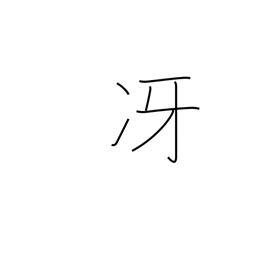
Meaning: be clear